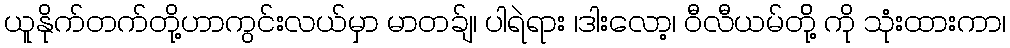
ယူနိုက်တက်တို့ဟာကွင်းလယ်မှာ မာတခ်ျ၊ ပါရဲရား ၊ဒါးလော့၊ ဝီလီယမ်တို့် ကို သုံးထားကာ၊